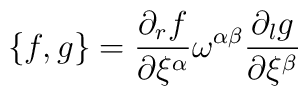
\{f,g\}=\frac{\partial_rf}{\partial\xi^{\alpha}}\omega^{\alpha\beta}\frac{\partial_lg}{\partial\xi^{\beta}}